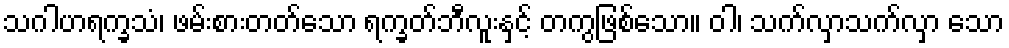
သဂါဟရက္ခသံ၊ ဖမ်းစားတတ်သော ရက္ခတ်ဘီလူးနှင့် တကွဖြစ်သော။ ဝါ၊ သက်လှာသက်လှာ သော